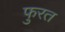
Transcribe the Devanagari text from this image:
फुरत